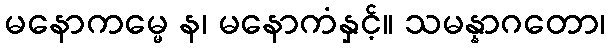
မနောကမ္မေ န၊ မနောကံနှင့်။ သမန္နာဂတော၊